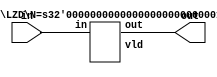
// This program was cloned from: https://github.com/manish-kj/Posit-HDL-Arithmetic
// License: BSD 3-Clause "New" or "Revised" License

module LZD_N (in, out);

  function [31:0] log2;
    input reg [31:0] value;
    begin
      value = value-1;
      for (log2=0; value>0; log2=log2+1)
	value = value>>1;
    end
  endfunction

parameter N = 64;
parameter S = log2(N); 
input [N-1:0] in;
output [S-1:0] out;

wire vld;
LZD #(.N(N)) l1 (in, out, vld);
endmodule


module LZD (in, out, vld);

  function [31:0] log2;
    input reg [31:0] value;
    begin
      value = value-1;
      for (log2=0; value>0; log2=log2+1)
	value = value>>1;
    end
  endfunction


parameter N = 64;
parameter S = log2(N);

   input [N-1:0] in;
   output [S-1:0] out;
   output vld;

  generate
    if (N == 2)
      begin
	assign vld = ~&in;
	assign out = in[1] & ~in[0];
      end
    else if (N & (N-1))
      LZD #(1<<S) LZD ({1<<S {1'b0}} | in,out,vld);
    else
      begin
	wire [S-2:0] out_l;
	wire [S-2:0] out_h;
	wire out_vl, out_vh;
	LZD #(N>>1) l(in[(N>>1)-1:0],out_l,out_vl);
	LZD #(N>>1) h(in[N-1:N>>1],out_h,out_vh);
	assign vld = out_vl | out_vh;
	assign out = out_vh ? {1'b0,out_h} : {out_vl,out_l};
      end
  endgenerate
endmodule